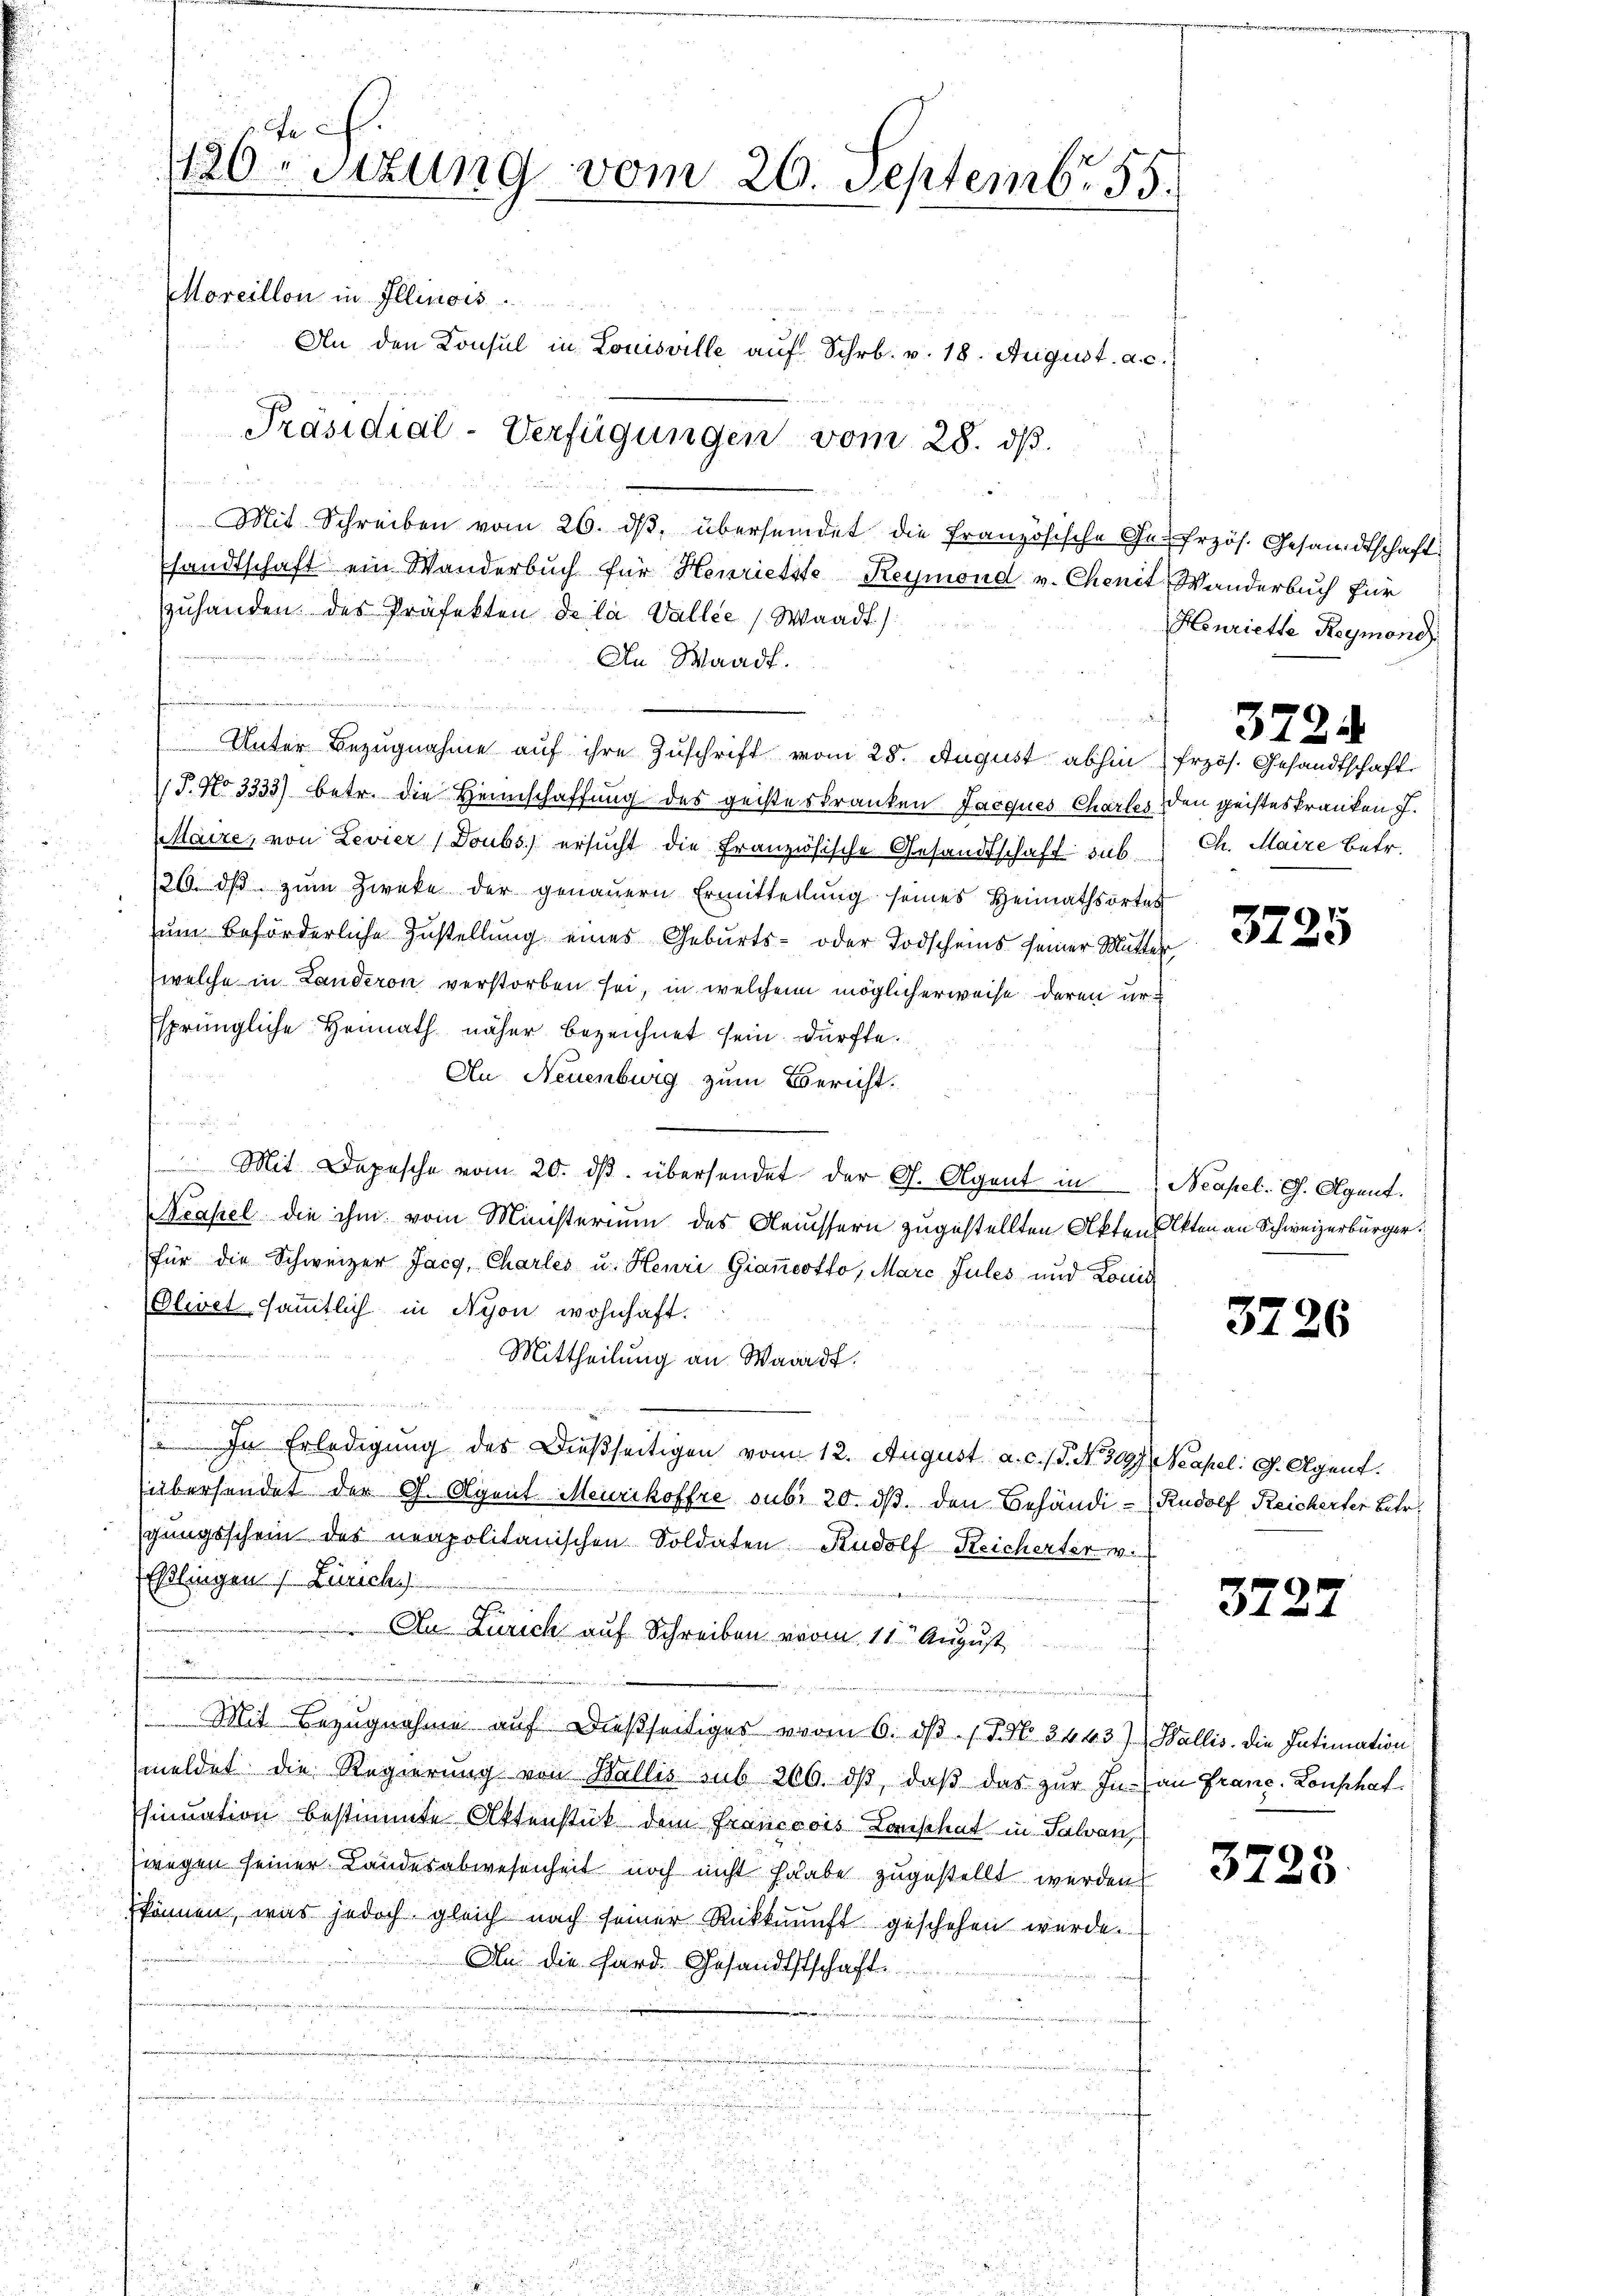
x
120. Stzung vom 20. Septembr. 155.
Moreillon in Illinois
An den Konsul in Louisville aŭf Schr. v. 18. August. a. c.

i
Mit Schreiben vom 26. dβ, übersendet die Französische Ge-Erzös. Gesandtschaft
sandtschaft ein Wanderbuch für Henrietste Reymond v. Chenit Wanderbuch für
zuhanden des Präfekten de la Vallee (Waadt)
An Waadt.
Unter Bezugnahme auf ihre Zuschrift vom 28. August abhin frzös. Gesandtschaft
J. No 3333) betr. die Heimschaffung des geisteskranken Jacques Chartes den geisteskranken J.
Maire, von Levier (Doubs ersucht die französische Gesandtschaft sub. Ch. Maire betr.
/26. ds zum Zwecke der genauern Ermitteilung seines Heimathsortes
zum beförderliche Zustellung eines Geburts- oder Todscheins seiner Mutter
(welche in Landeron verstorben sei, in welchen möglicherweise deren unsprüngliche Heimath näher bezeichnet sein dürfte.
Au Neuenburg zum Bericht.
n
 Mit Depesche vom 20. dβ übersendet der G. Agent in Neapel. G. Agent.
Meakel die ihm vom Ministerium des Aeussern zugestellten Akten Akten an Schweizerbürger
für die Schweizer Jac, Charles u. Henri Giancotfo, Marc Jules und Louis
Olivetsämmtlich in Nyon wohnhaft.
Mittheilung an Waadt.
t
In Erledigung des Dießseitigen vom 12. August a. c. (T. N. 3097. Neapel: G. Agent.
übersendet der G. Agent Meurikoffre sub 20. ds. den Behändi- Rudolf Reicherter Betr
gŭngsschein des neapolitanischen Soldaten Rudolf Reicherter v.
EEßlingen (Zürichs
3.
Au Zürich auf Schreiben vom 11. August
 werden
Mit Bezugnahme auf dießseitiges vom 6. d. 7. No. 2443) Wallis. Die Intimation
meldet die Regierung von Wallis sub 206. dβ, daβ das zŭr In- an Franc-Lonschaf
sinuation bestimmte Aktenstück dem Francoois Lanschat in Salvan,
wegen seiner Landesabwesenheit noch nicht habe zugestellt werden
können, was jedoch gleich nach seiner Rückkunft geschehen würde.
An die Hard Gesandtstschaft.

Präsidial-Verfügungen vom 28. ds.

in

Henriette Reymond

3724

3725

3726

3727

3728.